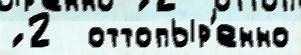
́ 2  оттопыр'енно